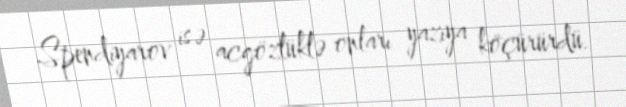
Spendiyarov isə acgözlüklə onları yazıya köçürürdü.